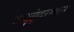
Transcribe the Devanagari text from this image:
अब्दुल्लांदरम्यान